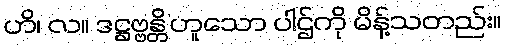
ဟိ၊ လ။ ဒဋ္ဌဗ္ဗန္တိ’ဟူသော ပါဌ်ကို မိန့်သတည်း။